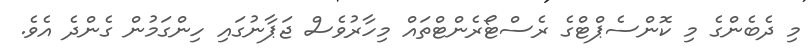
މި ދެބެންގެ މި ކޮންސެޕްޓްގެ ރެސްޓޯރެންޓްތައް މިހާރުވެސް ޖަޕާނުގައި ހިންގަމުން ގެންދެ އެވެ.